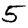
Digit: 5